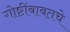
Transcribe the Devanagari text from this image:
गोष्टींबाबतचे